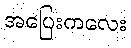
အပြေးကလေး